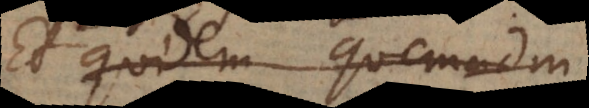
Et quidem quemadm